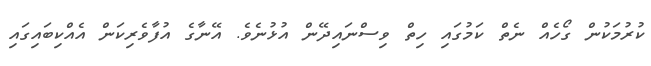
ކުރުމަކުން ގޯހެއް ނެތް ކަމުގައި ހިތް ވިސްނައިދޭން އުޅުނެވެ. އޭނާގެ އުފާވެރިކަން އެއްކިބައިގައި